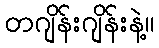
တဂျိန်းဂျိန်းနဲ့။